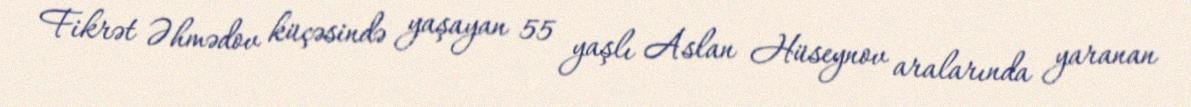
Fikrət Əhmədov küçəsində yaşayan 55 yaşlı Aslan Hüseynov aralarında yaranan